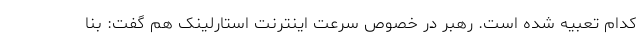
کدام تعبیه شده است. رهبر در خصوص سرعت اینترنت استارلینک هم گفت: بنا